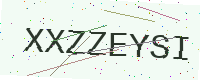
Text: XXZZEYSI